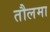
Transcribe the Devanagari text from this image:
तौलमा